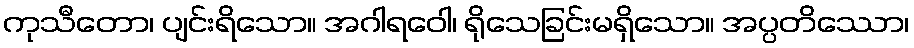
ကုသီတော၊ ပျင်းရိသော။ အဂါရဝေါ၊ ရိုသေခြင်းမရှိသော။ အပ္ပတိဿော၊